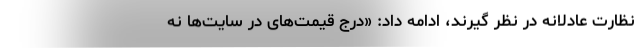
نظارت عادلانه در نظر گیرند، ادامه داد: «درج قیمت‌های در سایت‌ها نه